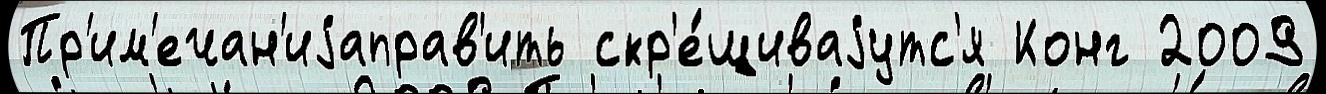
Пр'им'ечан'иjаправ'ить скр'е́щиваjутс'я Конг 2009